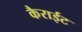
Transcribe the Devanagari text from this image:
कैराईट